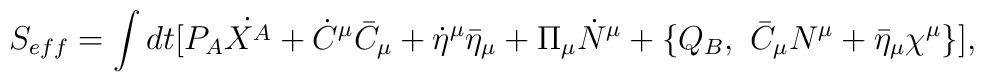
S_{eff}=\int dt [P_A \dot{X^A} + \dot{C}^\mu \bar{C}_\mu + \dot{\eta}^\mu \bar{\eta}_\mu+ \Pi_\mu \dot{N}^\mu + \{Q_B, ~ \bar{C}_\mu N^\mu + \bar{\eta}_\mu \chi^\mu \}],